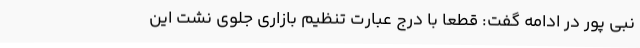
نبی پور در ادامه گفت: قطعا با درج عبارت تنظیم بازاری جلوی نشت این